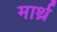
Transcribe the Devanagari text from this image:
मार्थ्र